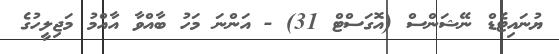
ޔުނައިޓެޑް ނޭޝަންސް (އޮގަސްޓް 31) - އަންނަ މަހު ބާއްވާ އާއްމު މަޖިލީހުގެ